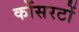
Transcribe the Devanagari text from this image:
कोंसरटों